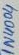
Text: 1N4004